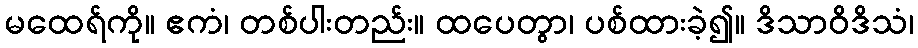
မထေရ်ကို။ ဧကံ၊ တစ်ပါးတည်း။ ထပေတွာ၊ ပစ်ထားခဲ့၍။ ဒိသာဝိဒိသံ၊